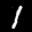
Label: 1